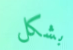
بشكل